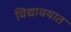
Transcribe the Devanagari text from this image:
विद्यावयात